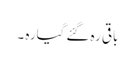
باقی رہ گئے گیارہ ۔